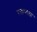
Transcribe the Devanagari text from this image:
रक्तमाला